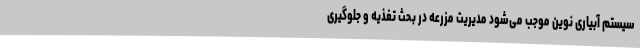
سیستم آبیاری نوین موجب می‌شود مدیریت مزرعه در بحث تغذیه و جلوگیری